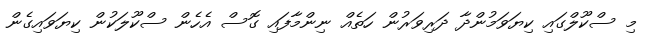
މި ސްކޫލްގައި ކިޔަވަމުންދާ ދަރިވަރުން ހަތެއް ނިންމާފައި ގޮސް އެހެން ސްކޫލަކުން ކިޔަވައިގެން